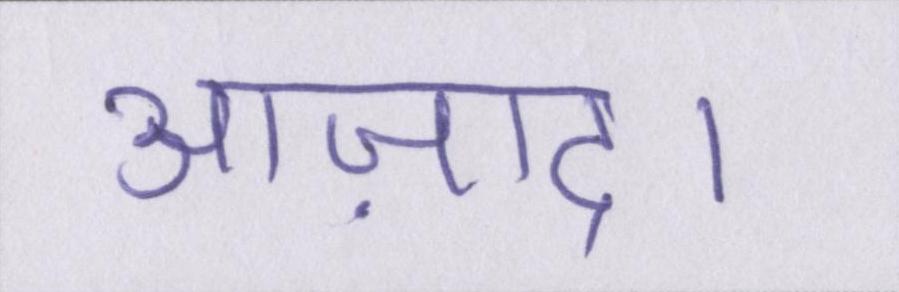
आज़ाद।